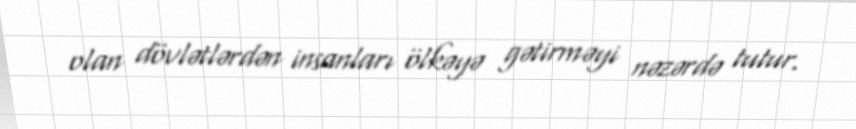
olan dövlətlərdən insanları ölkəyə gətirməyi nəzərdə tutur.